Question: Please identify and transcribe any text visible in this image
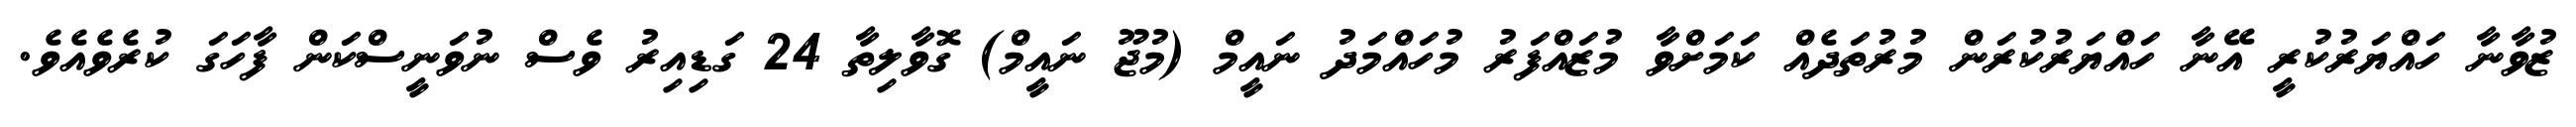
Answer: ޒުވާނާ ހައްޔަރުކުރީ އޭނާ ހައްޔަރުކުރަން މުރުތަދެއް ކަމަށްވާ މުޒައްފަރު މުހައްމަދު ނައީމް (މުޖޫ ނައީމް) ގޮވާލިތާ 24 ގަޑިއިރު ވެސް ނުވަނީސްކަން ފާހަގަ ކުރެވެއެވެ.